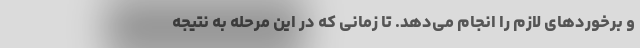
و برخوردهای لازم را انجام می‌دهد. تا زمانی که در این مرحله به نتیجه